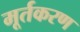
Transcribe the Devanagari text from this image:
मूर्तकरण